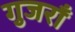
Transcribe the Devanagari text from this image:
गुजराँ